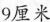
9厘米